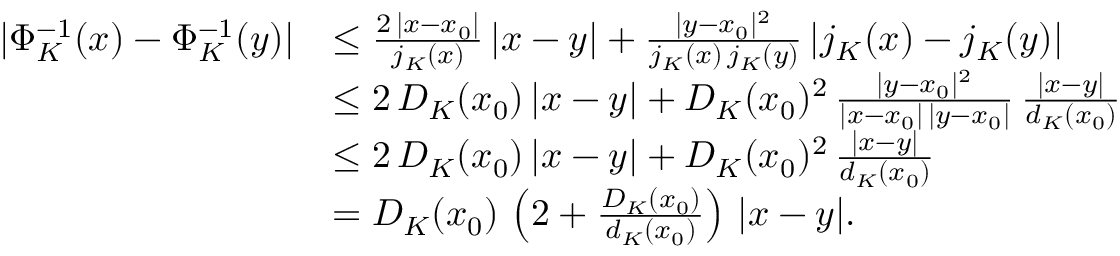
\begin{array} { r l } { | \Phi _ { K } ^ { - 1 } ( x ) - \Phi _ { K } ^ { - 1 } ( y ) | } & { \le \frac { 2 \, | x - x _ { 0 } | } { j _ { K } ( x ) } \, | x - y | + \frac { | y - x _ { 0 } | ^ { 2 } } { j _ { K } ( x ) \, j _ { K } ( y ) } \, | j _ { K } ( x ) - j _ { K } ( y ) | } \\ & { \le 2 \, D _ { K } ( x _ { 0 } ) \, | x - y | + D _ { K } ( x _ { 0 } ) ^ { 2 } \, \frac { | y - x _ { 0 } | ^ { 2 } } { | x - x _ { 0 } | \, | y - x _ { 0 } | } \, \frac { | x - y | } { d _ { K } ( x _ { 0 } ) } } \\ & { \le 2 \, D _ { K } ( x _ { 0 } ) \, | x - y | + D _ { K } ( x _ { 0 } ) ^ { 2 } \, \frac { | x - y | } { d _ { K } ( x _ { 0 } ) } } \\ & { = D _ { K } ( x _ { 0 } ) \, \left( 2 + \frac { D _ { K } ( x _ { 0 } ) } { d _ { K } ( x _ { 0 } ) } \right) \, | x - y | . } \end{array}